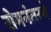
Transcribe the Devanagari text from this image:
रोमनंतरचे